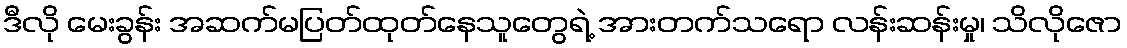
ဒီလို မေးခွန်း အဆက်မပြတ်ထုတ်နေသူတွေရဲ့ အားတက်သရော လန်းဆန်းမှု၊ သိလိုဇော